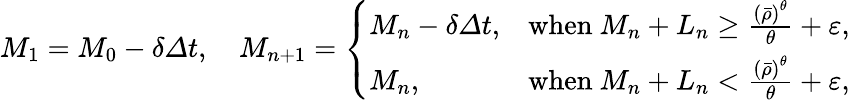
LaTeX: \begin{array}{r}{M_{1}=M_{0}-\delta{\varDelta}t,\quad M_{n+1}=\left\{ \begin{array}{ll}{M_{n}-\delta{\varDelta}t,}&{\mathrm{when~}M_{n}+L_{n}\geq\frac{\left(\bar{\rho}\right)^{\theta}}{\theta}+\varepsilon,}\\ {M_{n},}&{\mathrm{when~}M_{n}+L_{n}<\frac{\left(\bar{\rho}\right)^{\theta}}{\theta}+\varepsilon,}\end{array}\right.}\end{array}